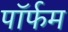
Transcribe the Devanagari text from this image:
पॉर्फम